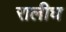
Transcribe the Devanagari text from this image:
रालीघ